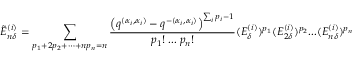
\tilde { E } _ { n \delta } ^ { ( i ) } = \sum _ { p _ { 1 } + 2 p _ { 2 } + \cdots + n p _ { n } = n } \frac { \left( q ^ { ( \alpha _ { i } , \alpha _ { i } ) } - q ^ { - ( \alpha _ { i } , \alpha _ { i } ) } \right) ^ { \sum _ { i } p _ { i } - 1 } } { p _ { 1 } ! \; . . . \; p _ { n } ! } ( E _ { \delta } ^ { ( i ) } ) ^ { p _ { 1 } } ( E _ { 2 \delta } ^ { ( i ) } ) ^ { p _ { 2 } } . . . ( E _ { n \delta } ^ { ( i ) } ) ^ { p _ { n } }